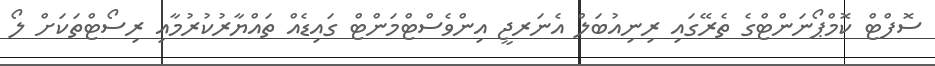
ސޮފްޓް ކޮމްޕޯނަންޓްގެ ތެރޭގައި ރިނިއުބަލް އެނަރޖީ އިންވެސްޓްމަންޓް ގައިޑެއް ތައްޔާރުކުރުމާއި ރިސޯޓްތަކަށް ލޯ